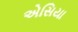
એસિયા